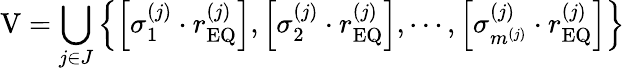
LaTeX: \mathrm{V}=\bigcup_{j\in J}\left\{ \left[\sigma_{1}^{\left(j\right)}\cdot r_{\mathrm{EQ}}^{\left(j\right)}\right],\left[\sigma_{2}^{\left(j\right)}\cdot r_{\mathrm{EQ}}^{\left(j\right)}\right],\cdots,\left[\sigma_{m^{\left(j\right)}}^{\left(j\right)}\cdot r_{\mathrm{EQ}}^{\left(j\right)}\right]\right\}